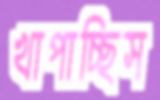
খাপাচ্ছিস